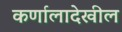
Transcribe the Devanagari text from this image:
कर्णालादेखील